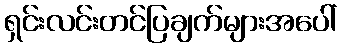
ရှင်းလင်းတင်ပြချက်များအပေါ်